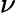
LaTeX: \nu